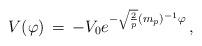
LaTeX: \begin{align*}V(\varphi) \, = \, - V_0 e^{- \sqrt{2 \over p}(m_p)^{-1} \varphi} \, ,\end{align*}